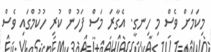
މިކަމަށް ވެސް މި ހިނގީ. އެގާރަ މަސް ފަހުން ކުރި ހުކުމްގައި ވެސް